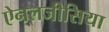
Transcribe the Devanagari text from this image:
ऐनलजीसिया